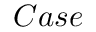
C a s e